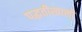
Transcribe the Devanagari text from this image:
पद्धतीखाली